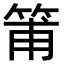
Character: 𥮉